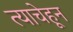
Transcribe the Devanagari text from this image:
त्याचेहून